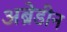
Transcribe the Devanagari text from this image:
अब्रेडीन